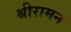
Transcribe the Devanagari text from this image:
श्रीरामन